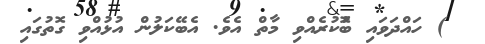
) ހައްދަވައި ބޮުކުރެއްވި މާތް އެވެ. އެބޭކަލުން އުޅުއްވި ގޮތުގައި